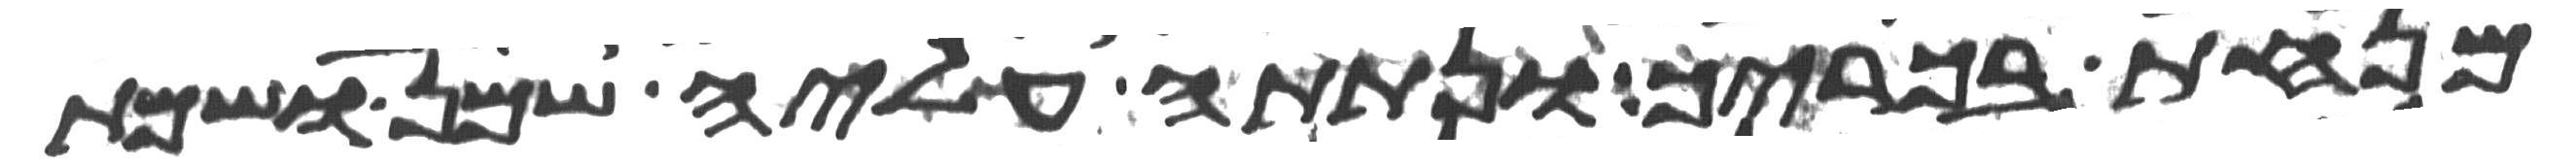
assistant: מנחת בכוריך ונתתה עליה שמן ושמת